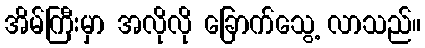
အိမ်ကြီးမှာ အလိုလို ခြောက်သွေ့ လာသည်။